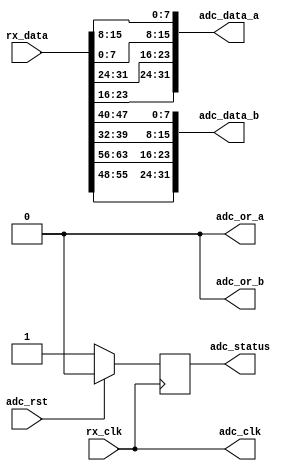
module axi_ad6676_if (

  // jesd interface 
  // rx_clk is (line-rate/40)

  rx_clk,
  rx_data,

  // adc data output

  adc_clk,
  adc_rst,
  adc_data_a,
  adc_data_b,
  adc_or_a,
  adc_or_b,
  adc_status);

  // jesd interface 
  // rx_clk is (line-rate/40)

  input           rx_clk;
  input   [63:0]  rx_data;

  // adc data output

  output          adc_clk;
  input           adc_rst;
  output  [31:0]  adc_data_a;
  output  [31:0]  adc_data_b;
  output          adc_or_a;
  output          adc_or_b;
  output          adc_status;

  // internal registers

  reg             adc_status = 'd0;

  // internal signals

  wire    [15:0]  adc_data_a_s1_s;
  wire    [15:0]  adc_data_a_s0_s;
  wire    [15:0]  adc_data_b_s1_s;
  wire    [15:0]  adc_data_b_s0_s;

  // adc clock is the reference clock

  assign adc_clk = rx_clk;
  assign adc_or_a = 1'b0;
  assign adc_or_b = 1'b0;

  // adc channels

  assign adc_data_a = {adc_data_a_s1_s, adc_data_a_s0_s};
  assign adc_data_b = {adc_data_b_s1_s, adc_data_b_s0_s};

  // data multiplex

  assign adc_data_a_s1_s = {rx_data[23:16], rx_data[31:24]};
  assign adc_data_a_s0_s = {rx_data[ 7: 0], rx_data[15: 8]};
  assign adc_data_b_s1_s = {rx_data[55:48], rx_data[63:56]}; 
  assign adc_data_b_s0_s = {rx_data[39:32], rx_data[47:40]};

  // status

  always @(posedge rx_clk) begin
    if (adc_rst == 1'b1) begin
      adc_status <= 1'b0;
    end else begin
      adc_status <= 1'b1;
    end
  end

endmodule